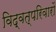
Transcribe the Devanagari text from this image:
विद्वत्परिवारों